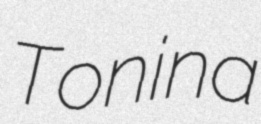
Tonina